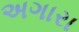
અગારા